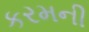
કરમની